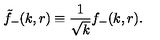
\tilde { f } _ { - } ( k , r ) \equiv { \frac { 1 } { \sqrt { k } } } f _ { - } ( k , r ) .